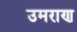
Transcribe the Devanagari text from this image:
उमराण